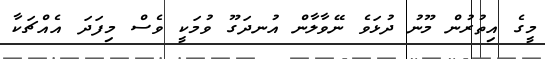
މީގެ އިތުރުން މޫނު ދުޅަވެ ނޭވާލާން އުނދަގޫ ވުމަކީ ވެސް މިފަދަ އެއްޗަކާ